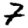
Digit: 7